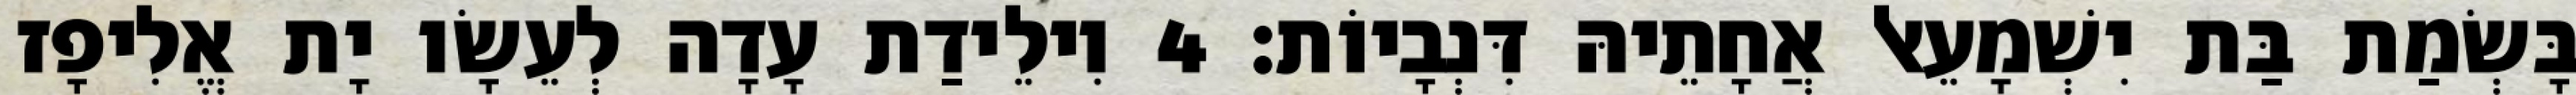
בָּשְׂמַת בַּת יִשְׁמָעֵאל אֲחָתֵיהּ דִּנְבָיוֹת׃ 4 וִילֵידַת עָדָה לְעֵשָׂו יָת אֱלִיפָז